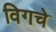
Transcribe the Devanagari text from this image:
विगचे